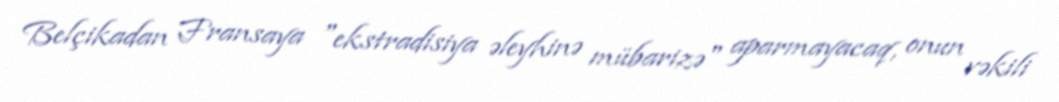
Belçikadan Fransaya "ekstradisiya əleyhinə mübarizə" aparmayacaq, onun vəkili